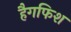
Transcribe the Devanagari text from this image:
हैगफिश